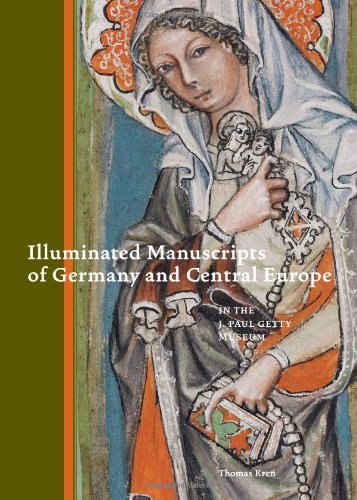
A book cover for Illuminated Manuscripts of Germany and Central Europe in the J. Paul Getty Museum; Thomas Kren; Arts & Photography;